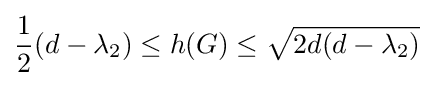
{\frac {1}{2}}(d-\lambda _{2})\leq h(G)\leq {\sqrt {2d(d-\lambda _{2})}}